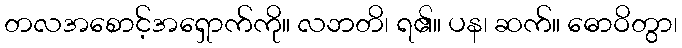
တလအစောင့်အရှောက်ကို။ လဘတိ၊ ရ၏။ ပန၊ ဆက်။ ဓောဝိတွာ၊